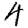
Digit: 4